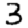
Digit: 3